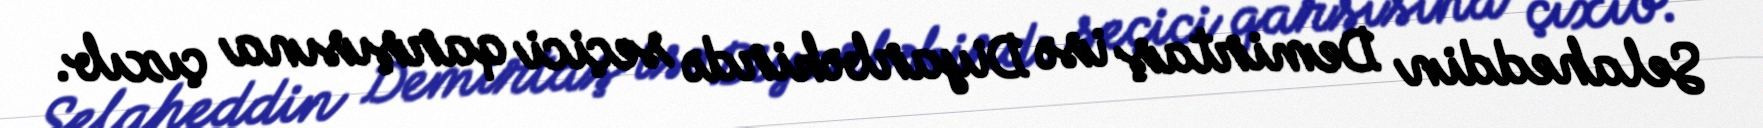
Selaheddin Demirtaş isə Diyarbəkirdə seçici qarşısına çıxıb.